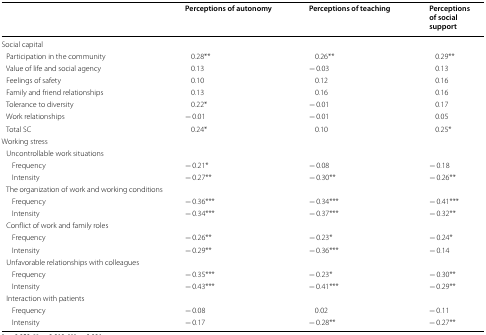
<table><thead><tr><td></td><td><b>Perceptions of autonomy</b></td><td><b>Perceptions of teaching</b></td><td><b>Perceptions of social support</b></td></tr></thead><tbody><tr><td colspan="4">Social capital</td></tr><tr><td> Participation in the community</td><td>0.28**</td><td>0.26**</td><td>0.29**</td></tr><tr><td> Value of life and social agency</td><td>0.13</td><td>− 0.03</td><td>0.13</td></tr><tr><td> Feelings of safety</td><td>0.10</td><td>0.12</td><td>0.16</td></tr><tr><td> Family and friend relationships</td><td>0.13</td><td>0.16</td><td>0.16</td></tr><tr><td> Tolerance to diversity</td><td>0.22*</td><td>− 0.01</td><td>0.17</td></tr><tr><td> Work relationships</td><td>− 0.01</td><td>− 0.01</td><td>0.05</td></tr><tr><td> Total SC</td><td>0.24*</td><td>0.10</td><td>0.25*</td></tr><tr><td colspan="4">Working stress</td></tr><tr><td colspan="4"> Uncontrollable work situations</td></tr><tr><td>Frequency</td><td>− 0.21*</td><td>− 0.08</td><td>− 0.18</td></tr><tr><td>Intensity</td><td>− 0.27**</td><td>− 0.30**</td><td>− 0.26**</td></tr><tr><td colspan="4"> The organization of work and working conditions</td></tr><tr><td>Frequency</td><td>− 0.36***</td><td>− 0.34***</td><td>− 0.41***</td></tr><tr><td>Intensity</td><td>− 0.34***</td><td>− 0.37***</td><td>− 0.32**</td></tr><tr><td colspan="4"> Conflict of work and family roles</td></tr><tr><td>Frequency</td><td>− 0.26**</td><td>− 0.23*</td><td>− 0.24*</td></tr><tr><td>Intensity</td><td>− 0.29**</td><td>− 0.36***</td><td>− 0.14</td></tr><tr><td colspan="4"> Unfavorable relationships with colleagues</td></tr><tr><td>Frequency</td><td>− 0.35***</td><td>− 0.23*</td><td>− 0.30**</td></tr><tr><td>Intensity</td><td>− 0.43***</td><td>− 0.41***</td><td>− 0.29**</td></tr><tr><td colspan="4"> Interaction with patients</td></tr><tr><td>Frequency</td><td>− 0.08</td><td>0.02</td><td>− 0.11</td></tr><tr><td>Intensity</td><td>− 0.17</td><td>− 0.28**</td><td>− 0.27**</td></tr></tbody></table>